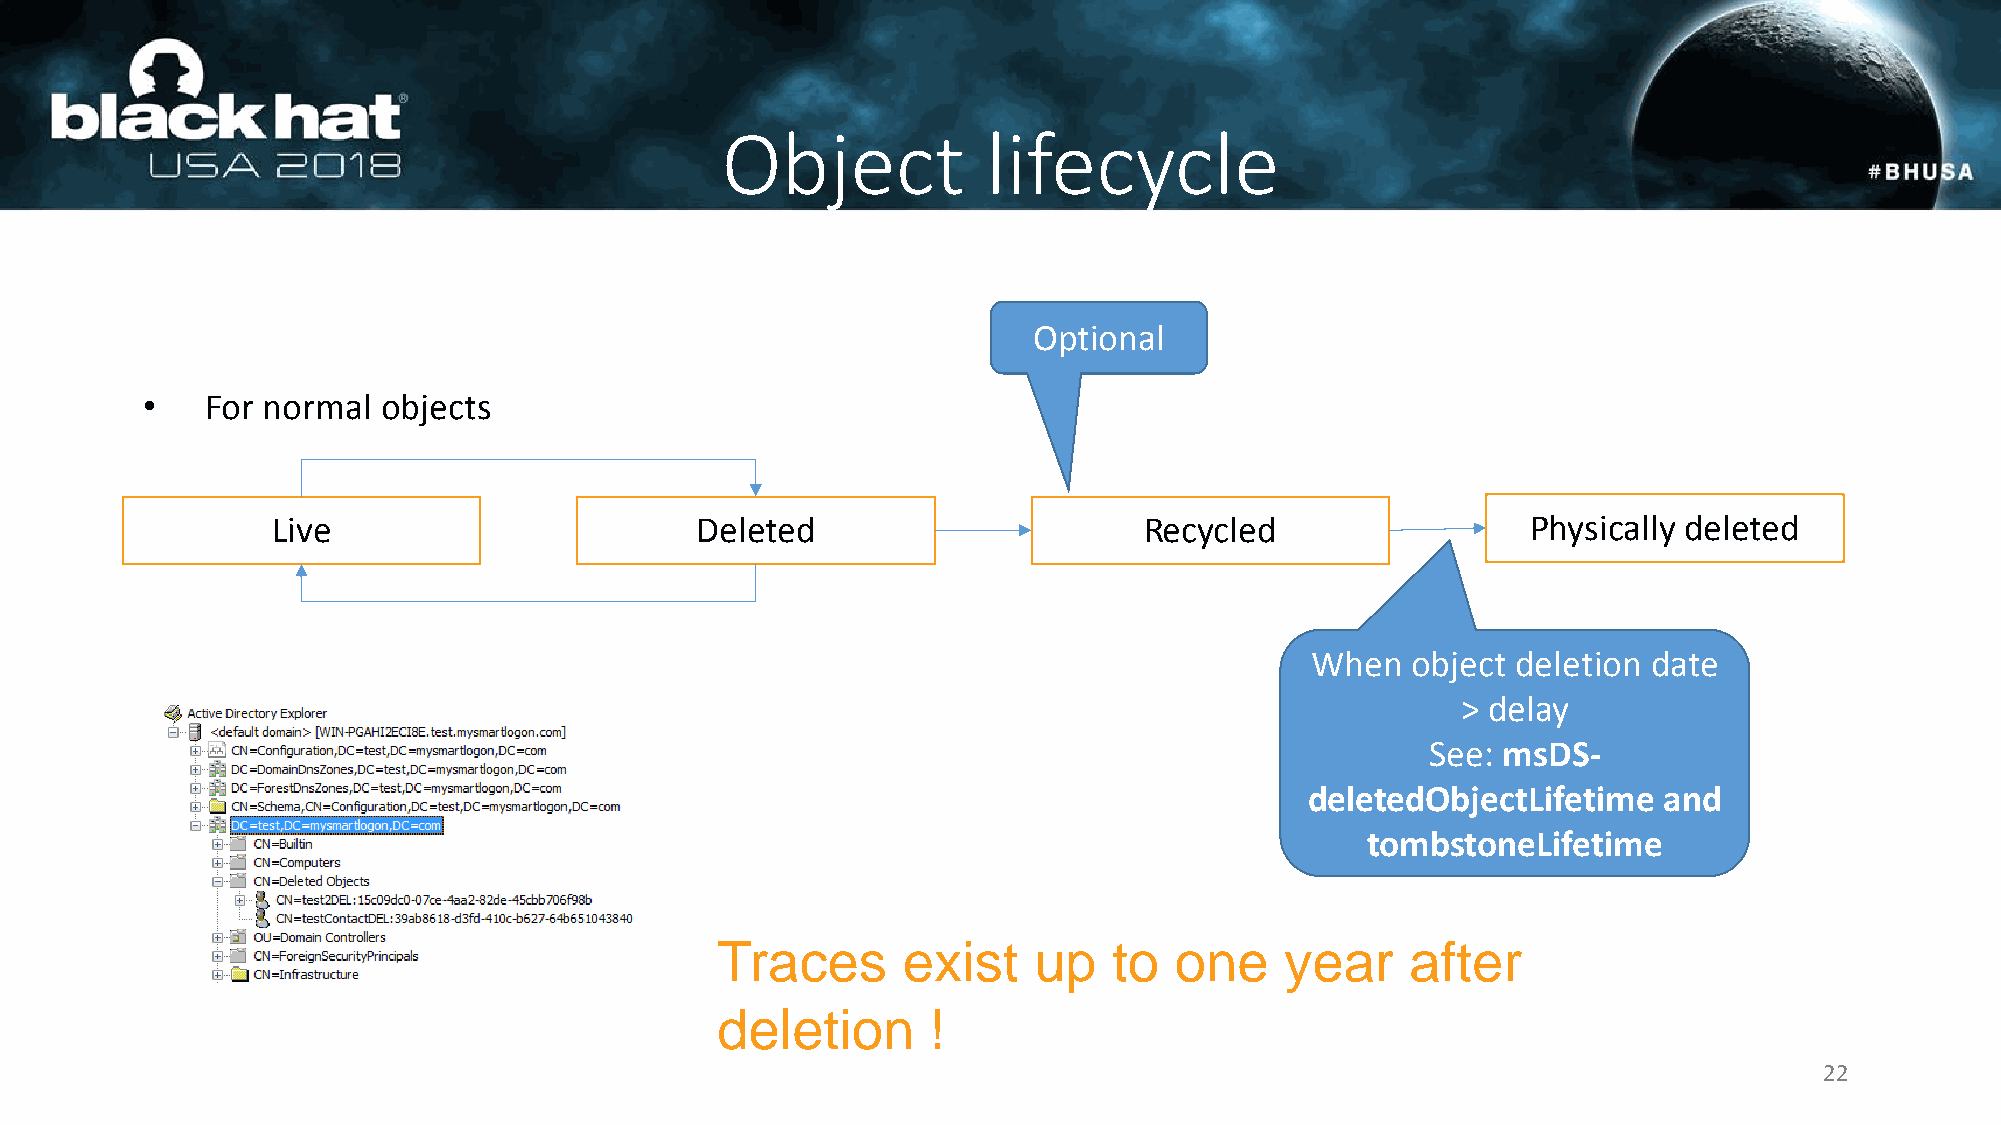
Object           lifecycle
 Optional
 •    For normal objects
 Live                        Deleted                       Recycled                 Physically deleted
 When  object deletion date
 > delay
 See: msDS-
 deletedObjectLifetime  and
 tombstoneLifetime
 Traces       exist   up    to  one    year    after
 deletion       !
 22